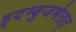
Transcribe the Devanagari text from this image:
हृदभ्बुजभेतत्